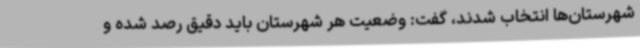
شهرستان‌ها انتخاب شدند، گفت: وضعیت هر شهرستان باید دقیق رصد شده و